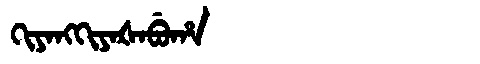
Manchu: ᡴᡳᠶᠠᠩᡴᡳᠶᠠᡧᠠᠪᡠᡥᠠ
Romanization: KIYANGKIYAŠABUHA